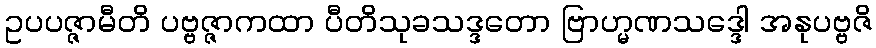
ဥပပဇ္ဇာမီတိ ပဗ္ဗဇ္ဇာကထာ ပီတိသုခသဒ္ဒတော ဗြာဟ္မဏသဒ္ဒေါ အနုပဗ္ဗဇိ